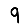
Digit: 9